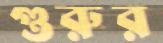
গুরুর